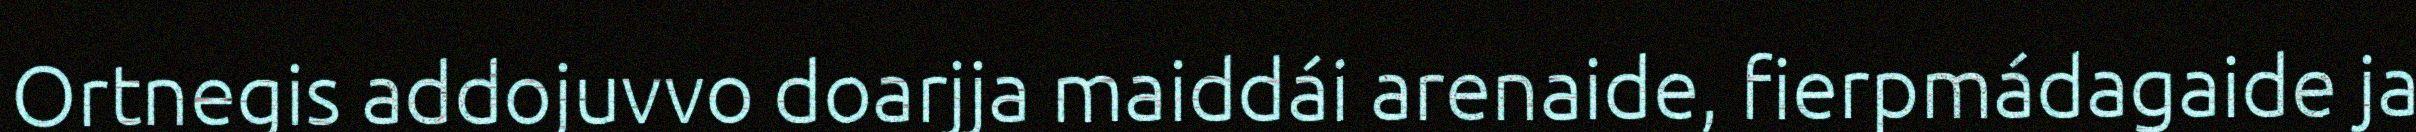
Ortnegis addojuvvo doarjja maiddái arenaide, fierpmádagaide ja